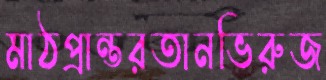
মাঠপ্রান্তরতানভিরুজ